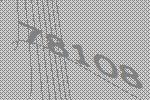
78108